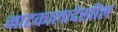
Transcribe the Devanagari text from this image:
नाटकालादेखील